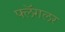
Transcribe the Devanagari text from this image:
फ्लॅगलर